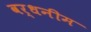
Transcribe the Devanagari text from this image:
वर्धनीम